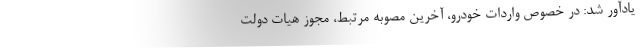
یادآور شد: در خصوص واردات خودرو، آخرین مصوبه مرتبط، مجوز هیات دولت